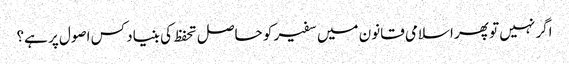
اگر نہیں تو پھر اسلامی قانون میں سفیر کو حاصل تحفظ کی بنیاد کس اصول پر ہے؟